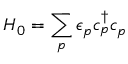
H _ { 0 } = \sum _ { p } \epsilon _ { p } c _ { p } ^ { \dagger } c _ { p }